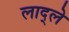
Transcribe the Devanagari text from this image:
लाद्ले